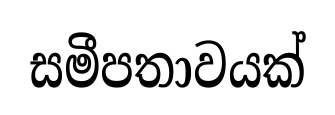
සමීපතාවයක්